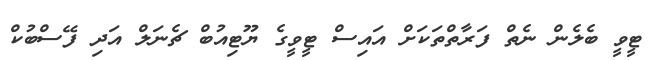
ޓީވީ ބެލެން ނެތް ފަރާތްތަކަށް އައިސް ޓީވީގެ ޔޫޓިއުބް ޗެނަލް އަދި ފޭސްބުކް